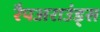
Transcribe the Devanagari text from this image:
रैपअराउंड्स